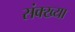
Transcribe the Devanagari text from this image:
संक्ख्या